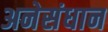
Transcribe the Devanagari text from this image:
अनेसंधान